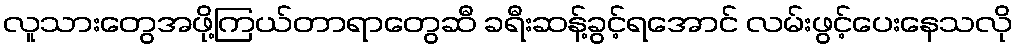
လူသားတွေအဖို့ကြယ်တာရာတွေဆီ ခရီးဆန့်ခွင့်ရအောင် လမ်းဖွင့်ပေးနေသလို